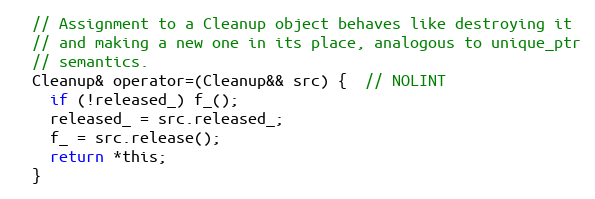
Language: C
  // Assignment to a Cleanup object behaves like destroying it
  // and making a new one in its place, analogous to unique_ptr
  // semantics.
  Cleanup& operator=(Cleanup&& src) {  // NOLINT
    if (!released_) f_();
    released_ = src.released_;
    f_ = src.release();
    return *this;
  }